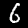
Digit: 6